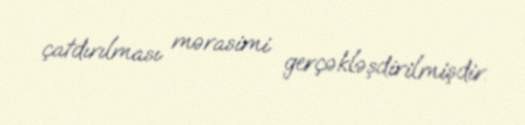
çatdırılması mərasimi gerçəkləşdirilmişdir.